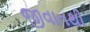
જીવાતથી